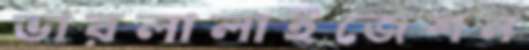
ভারলালাইজেশন